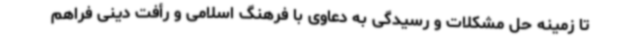
تا زمینه حل مشکلات و رسیدگی به دعاوی با فرهنگ اسلامی و رأفت دینی فراهم